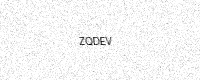
Text: ZQDEV